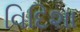
વિદિશા